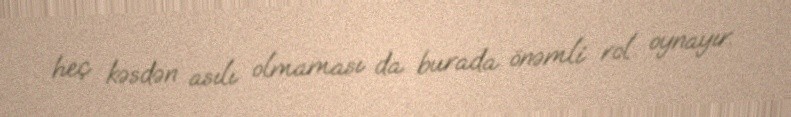
heç kəsdən asılı olmaması da burada önəmli rol oynayır.